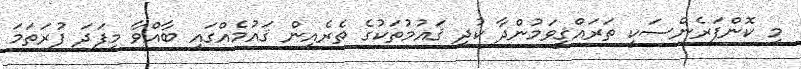
މި ކޮންފަރެންސަކީ ތަރައްޤީވަމުންދާ ކުދި ޤައުމުތަކުގެ ތެރެއިން ޤައުމެއްގައި ބާއްވާ މިފަދަ ފުރަތަމަ